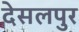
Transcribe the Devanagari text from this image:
देसलपुर